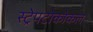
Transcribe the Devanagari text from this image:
स्ट्रेपटोकोकल